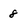
Character: 8